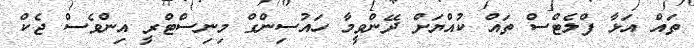
ތައް އަޅާ ފްލެޓްސް ތައް ކުއްޔަށް ދޭންވީމާ ހައުސިންގް މިނިސްޓްރީ އިންވެސް ޖެކް